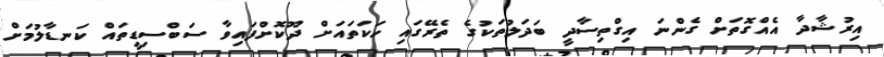
އިރުޝާދާ އެއްގޮތަށް ގެންނަ އިގްތިސާދީ ބަދަލުތަކުގެ ތެރޭގައި ހަކަތައަށް ދޫކޮށްފައިވާ ސަބްސިޑީތައް ކަނޑާލުމަށް